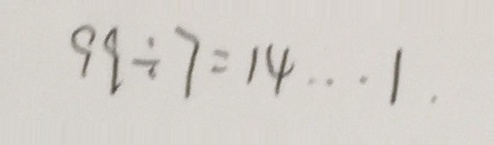
9 9 \div 7 = 1 4 \cdots 1 \cdot